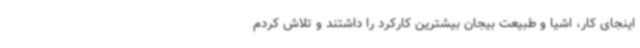
اینجای کار، اشیا و طبیعت بیجان بیشترین کارکرد را داشتند و تلاش کردم